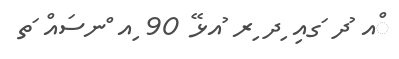
ްއ ުދ ަގއި ިދ ިރ ުއޅޭ 90 ިއ ްނސައް ަތ